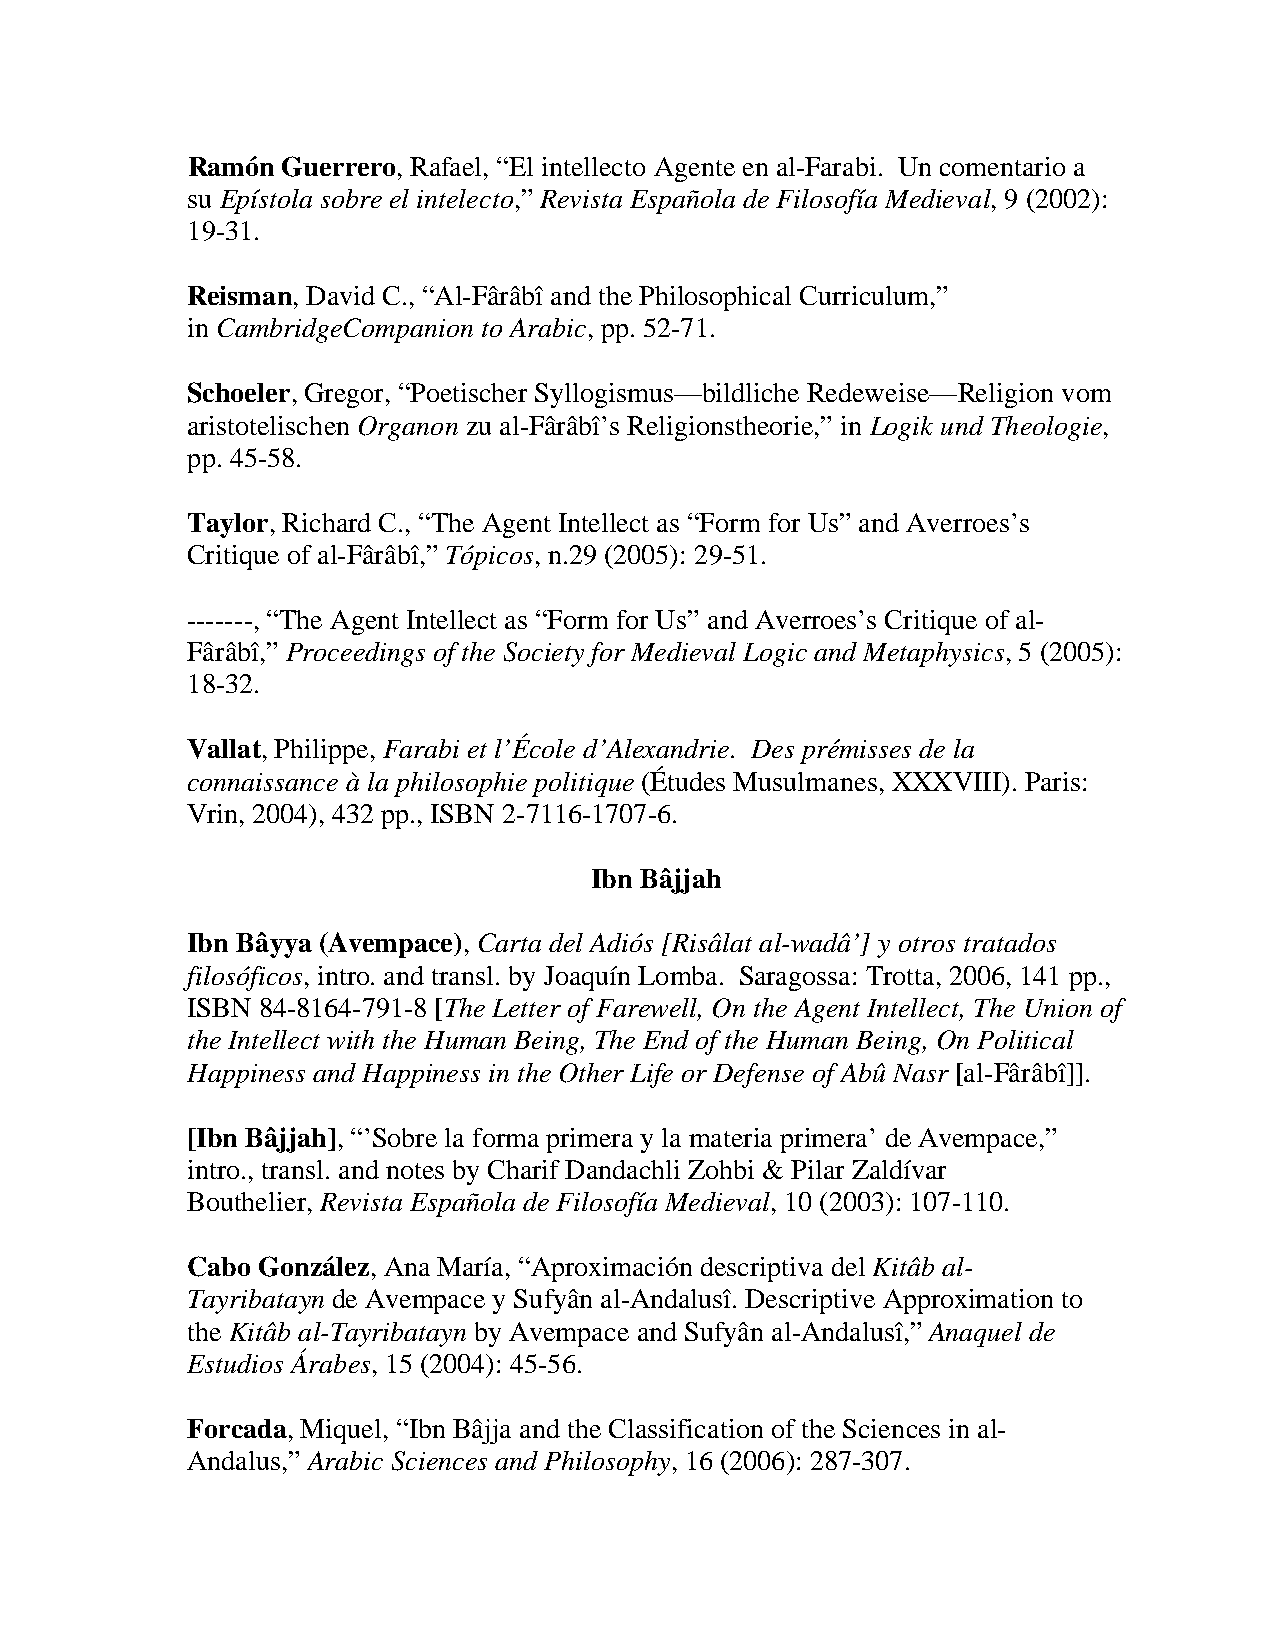
Ramón  Guerrero, Rafael, “El intellecto Agente en al-Farabi. Un comentario a
 su Epístola sobre el intelecto,” Revista Española de Filosofía Medieval, 9 (2002):
 19-31.
 Reisman, David C., “Al-Fârâbî and the Philosophical Curriculum,”
 in CambridgeCompanion to Arabic, pp. 52-71.
 Schoeler, Gregor, “Poetischer Syllogismus—bildliche Redeweise—Religion vom
 aristotelischen Organon zu al-Fârâbî’s Religionstheorie,” in Logik und Theologie,
 pp. 45-58.
 Taylor, Richard C., “The Agent Intellect as “Form for Us” and Averroes’s
 Critique of al-Fârâbî,” Tópicos, n.29 (2005): 29-51.
 -------, “The Agent Intellect as “Form for Us” and Averroes’s Critique of al-
 Fârâbî,” Proceedings of the Society for Medieval Logic and Metaphysics, 5 (2005):
 18-32.
 Vallat, Philippe, Farabi et l’École d’Alexandrie. Des prémisses de la
 connaissance à la philosophie politique (Études Musulmanes, XXXVIII). Paris:
 Vrin, 2004), 432 pp., ISBN 2-7116-1707-6.
 Ibn Bâjjah
 Ibn Bâyya (Avempace), Carta del Adiós [Risâlat al-wadâ’] y otros tratados
 filosóficos, intro. and transl. by Joaquín Lomba. Saragossa: Trotta, 2006, 141 pp.,
 ISBN 84-8164-791-8 [The Letter of Farewell, On the Agent Intellect, The Union of
 the Intellect with the Human Being, The End of the Human Being, On Political
 Happiness and Happiness in the Other Life or Defense of Abû Nasr [al-Fârâbî]].
 [Ibn Bâjjah], “’Sobre la forma primera y la materia primera’ de Avempace,”
 intro., transl. and notes by Charif Dandachli Zohbi & Pilar Zaldívar
 Bouthelier, Revista Española de Filosofía Medieval, 10 (2003): 107-110.
 Cabo González, Ana María, “Aproximación descriptiva del Kitâb al-
 Tayribatayn de Avempace y Sufyân al-Andalusî. Descriptive Approximation to
 the Kitâb al-Tayribatayn by Avempace and Sufyân al-Andalusî,” Anaquel de
 Estudios Árabes, 15 (2004): 45-56.
 Forcada, Miquel, “Ibn Bâjja and the Classification of the Sciences in al-
 Andalus,” Arabic Sciences and Philosophy, 16 (2006): 287-307.